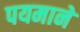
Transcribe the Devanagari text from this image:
पयमाने